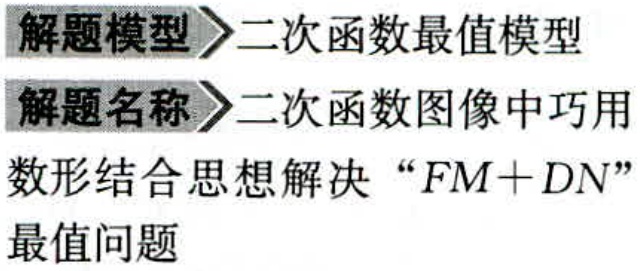
解题模型$\rhd$二次函数最值模型
解题名称$\rhd$二次函数图像中巧用
数形结合思想解决“$FM + DN$”
最值问题